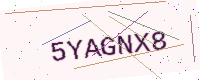
Text: 5YAGNX8